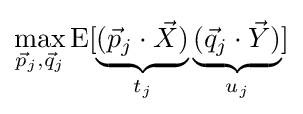
\max _{{\vec {p}}_{j},{\vec {q}}_{j}}\operatorname {E} [\underbrace {({\vec {p}}_{j}\cdot {\vec {X}})} _{t_{j}}\underbrace {({\vec {q}}_{j}\cdot {\vec {Y}})} _{u_{j}}]